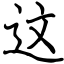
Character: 这